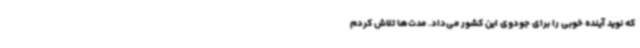
که نوید آینده خوبی را برای جودوی این کشور می‌داد. مدت‌ها تلاش کردم